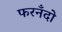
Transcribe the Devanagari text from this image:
फरनँदो